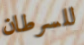
للسرطان